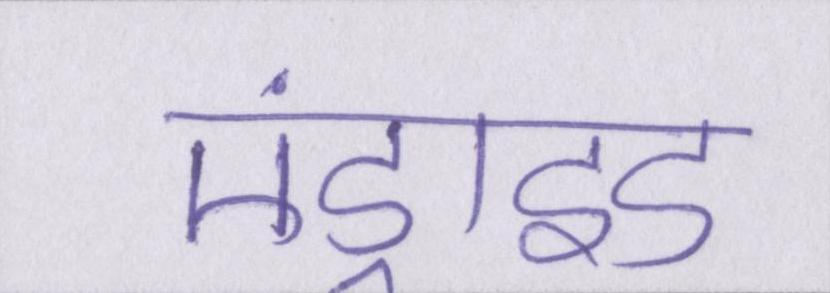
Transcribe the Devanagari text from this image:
एंड्राइड